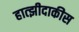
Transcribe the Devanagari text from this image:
हात्झीदाकीस